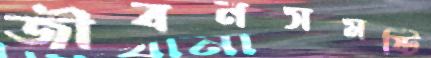
জীবনসমষ্টি